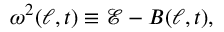
\omega ^ { 2 } ( \ell , t ) \equiv \mathcal { E } - B ( \ell , t ) ,